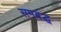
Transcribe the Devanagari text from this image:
समबंद्ध